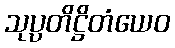
သုပ္ပတိဋ္ဌိတံယေဝ